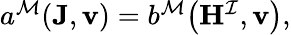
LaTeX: \begin{array}{r}{a^{\mathcal{M}}(\mathbf{J},\mathbf{v})=b^{\mathcal{M}}\big(\mathbf{H}^{\mathcal{I}},\mathbf{v}\big),}\end{array}